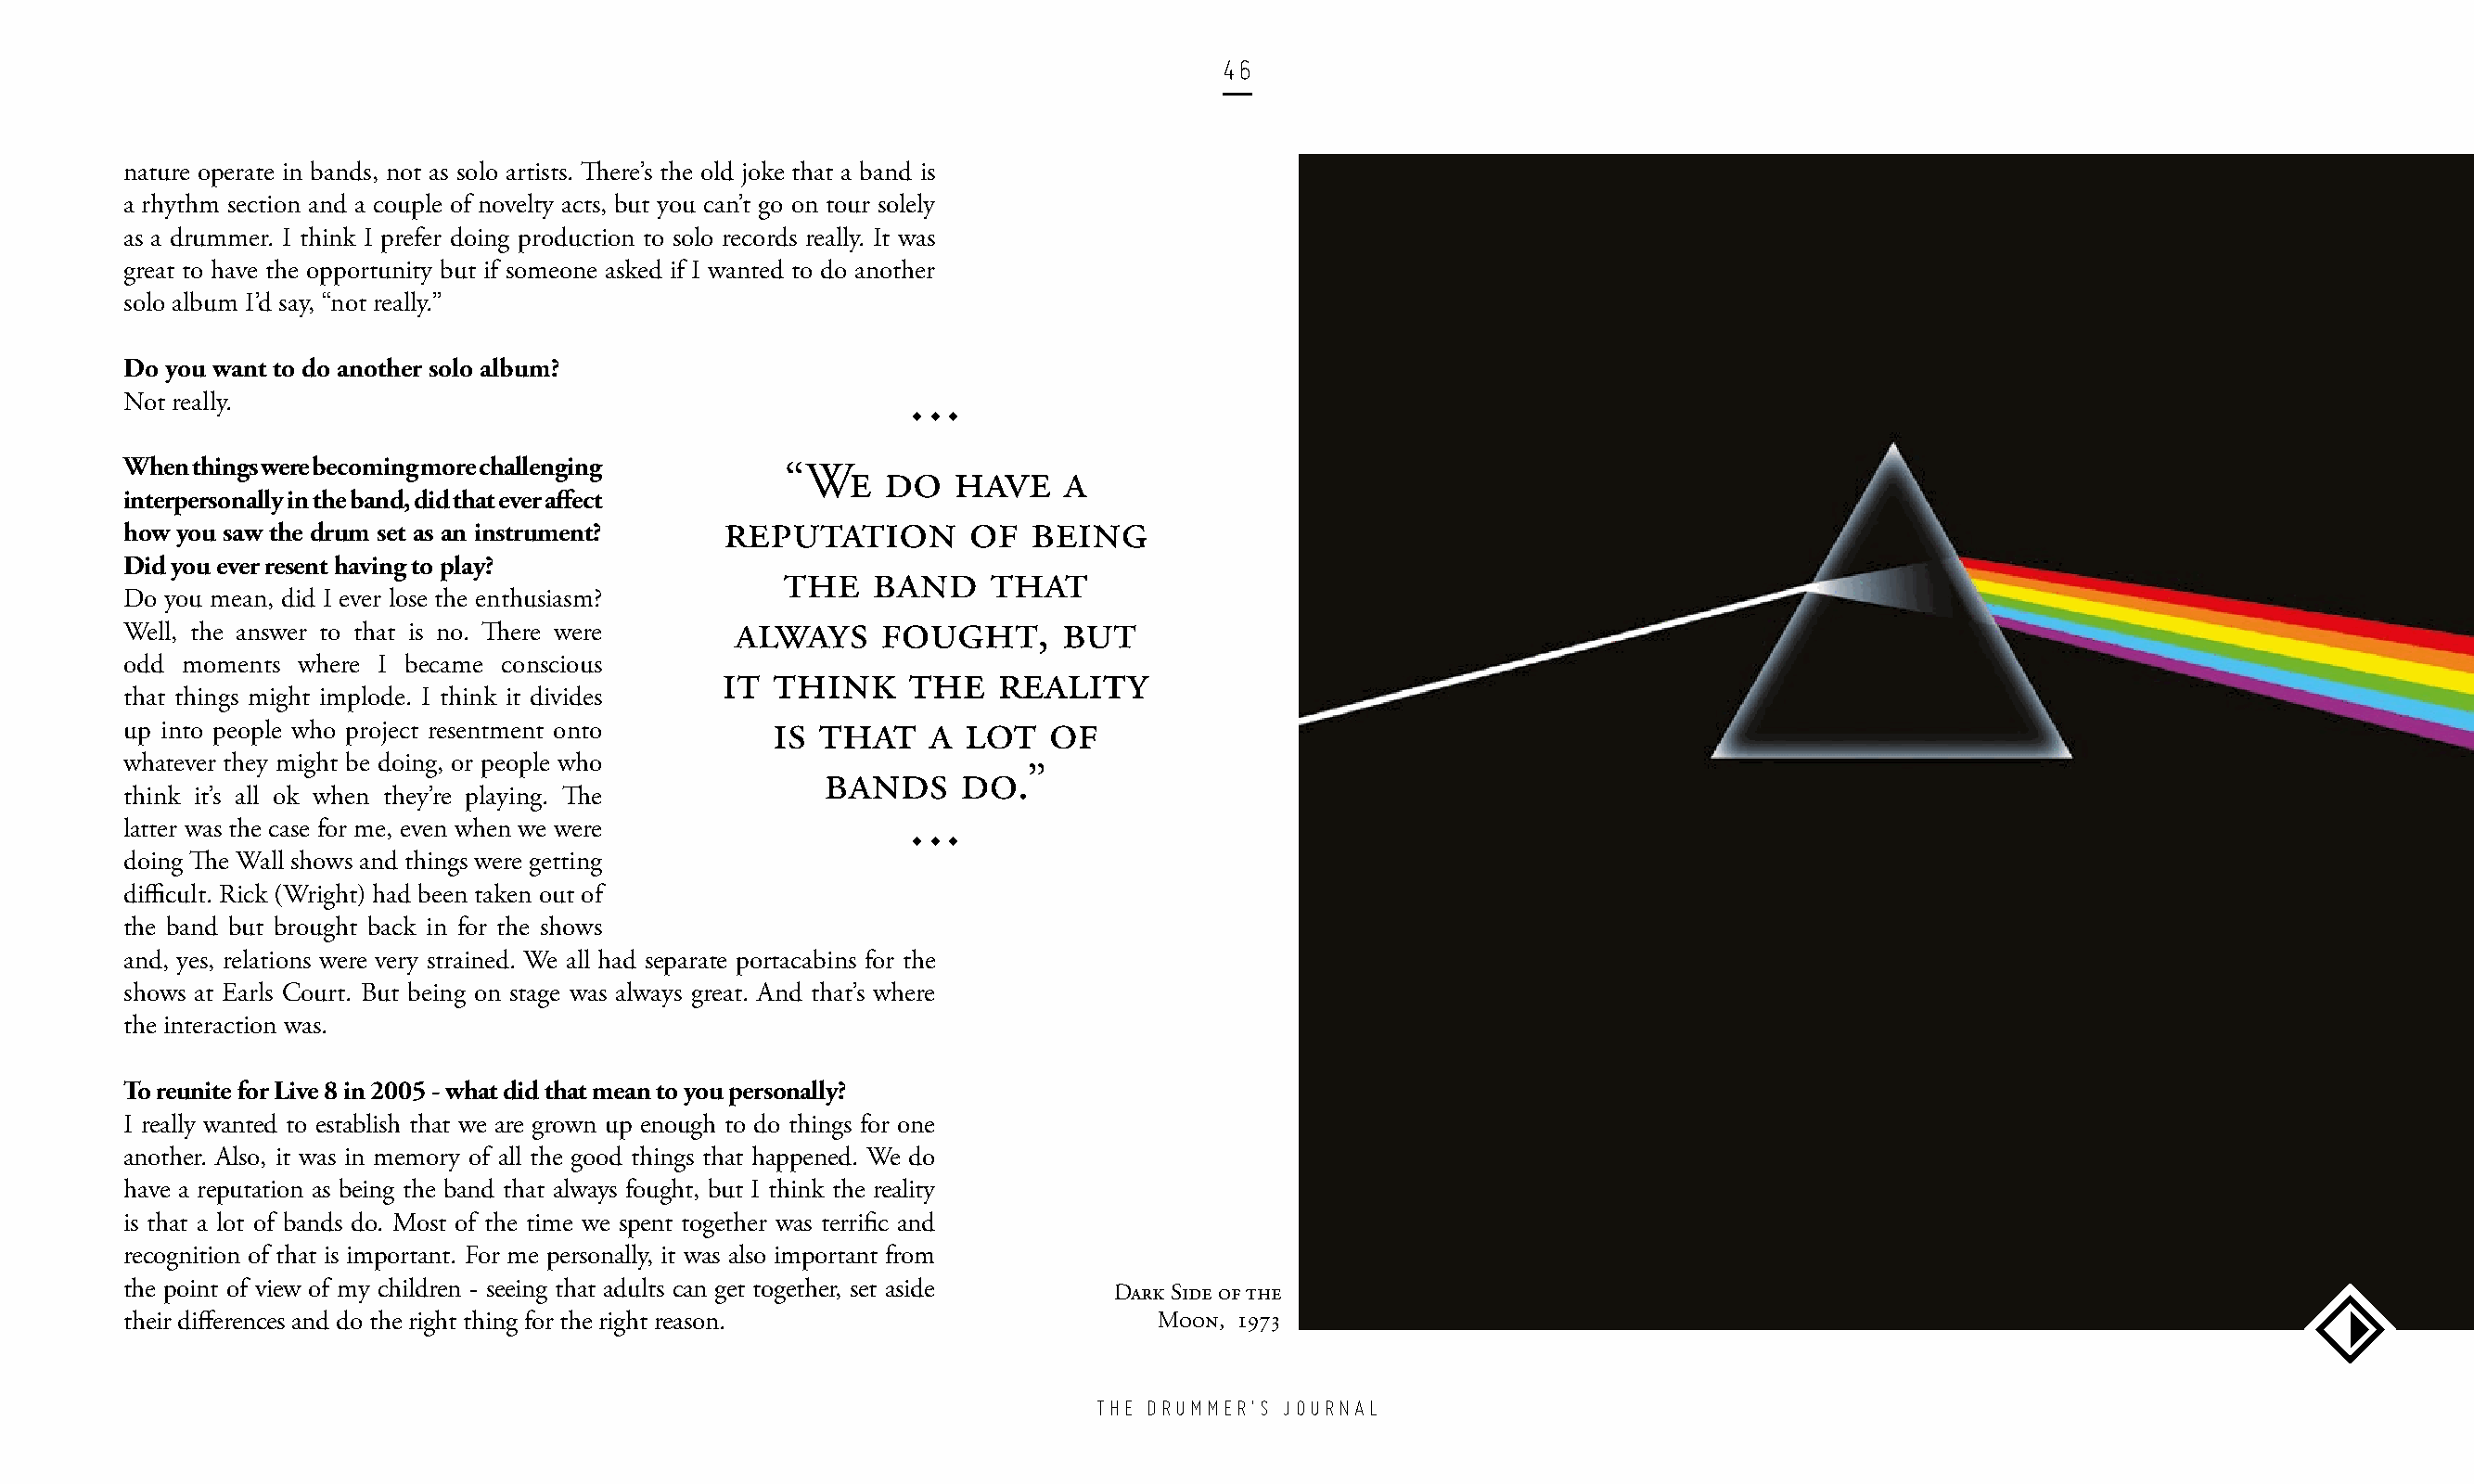
46
 nature operate in bands, not as solo artists. There’s the old joke that a band is
 a rhythm section and a couple of novelty acts, but you can’t go on tour solely
 as a drummer. I think I prefer doing production to solo records really. It was
 great to have the opportunity but if someone asked if I wanted to do another
 solo album I’d say, “not really.”
 Do you want to do another solo album?
 Not really.
 www
 When things were becoming more challenging
 “We    do   have    a
 interpersonally in the band, did that ever affect
 reputation       of   being
 how you saw the drum set as an instrument?
 Did you ever resent having to play?
 the   band     that
 Do you mean, did I ever lose the enthusiasm?
 always     fought,      but
 Well, the answer to that is no. There were
 odd moments where I became conscious
 it think     the   reality
 that things might implode. I think it divides
 up into people who project resentment onto    is that    a  lot   of
 whatever they might be doing, or people who
 bands     do.”
 think it’s all ok when they’re playing. The
 latter was the case for me, even when we were
 www
 doing The Wall shows and things were getting
 difficult. Rick (Wright) had been taken out of
 the band but brought back in for the shows
 and, yes, relations were very strained. We all had separate portacabins for the
 shows at Earls Court. But being on stage was always great. And that’s where
 the interaction was.
 To reunite for Live 8 in 2005 - what did that mean to you personally?
 I really wanted to establish that we are grown up enough to do things for one
 another. Also, it was in memory of all the good things that happened. We do
 have a reputation as being the band that always fought, but I think the reality
 is that a lot of bands do. Most of the time we spent together was terrific and
 recognition of that is important. For me personally, it was also important from
 the point of view of my children - seeing that adults can get together, set aside
 Dark Side of the
 their differences and do the right thing for the right reason.            Moon, 1973
 THE DRUMMER’S JOURNAL